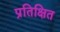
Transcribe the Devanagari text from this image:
प्रतिक्षित